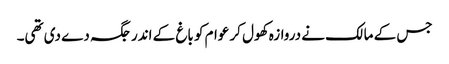
جس کے مالک نے دروازہ کھول کر عوام کو باغ کے اندر جگہ دے دی تھی۔